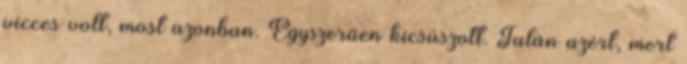
vicces volt, most azonban. Egyszerűen kicsúszott. Talán azért, mert